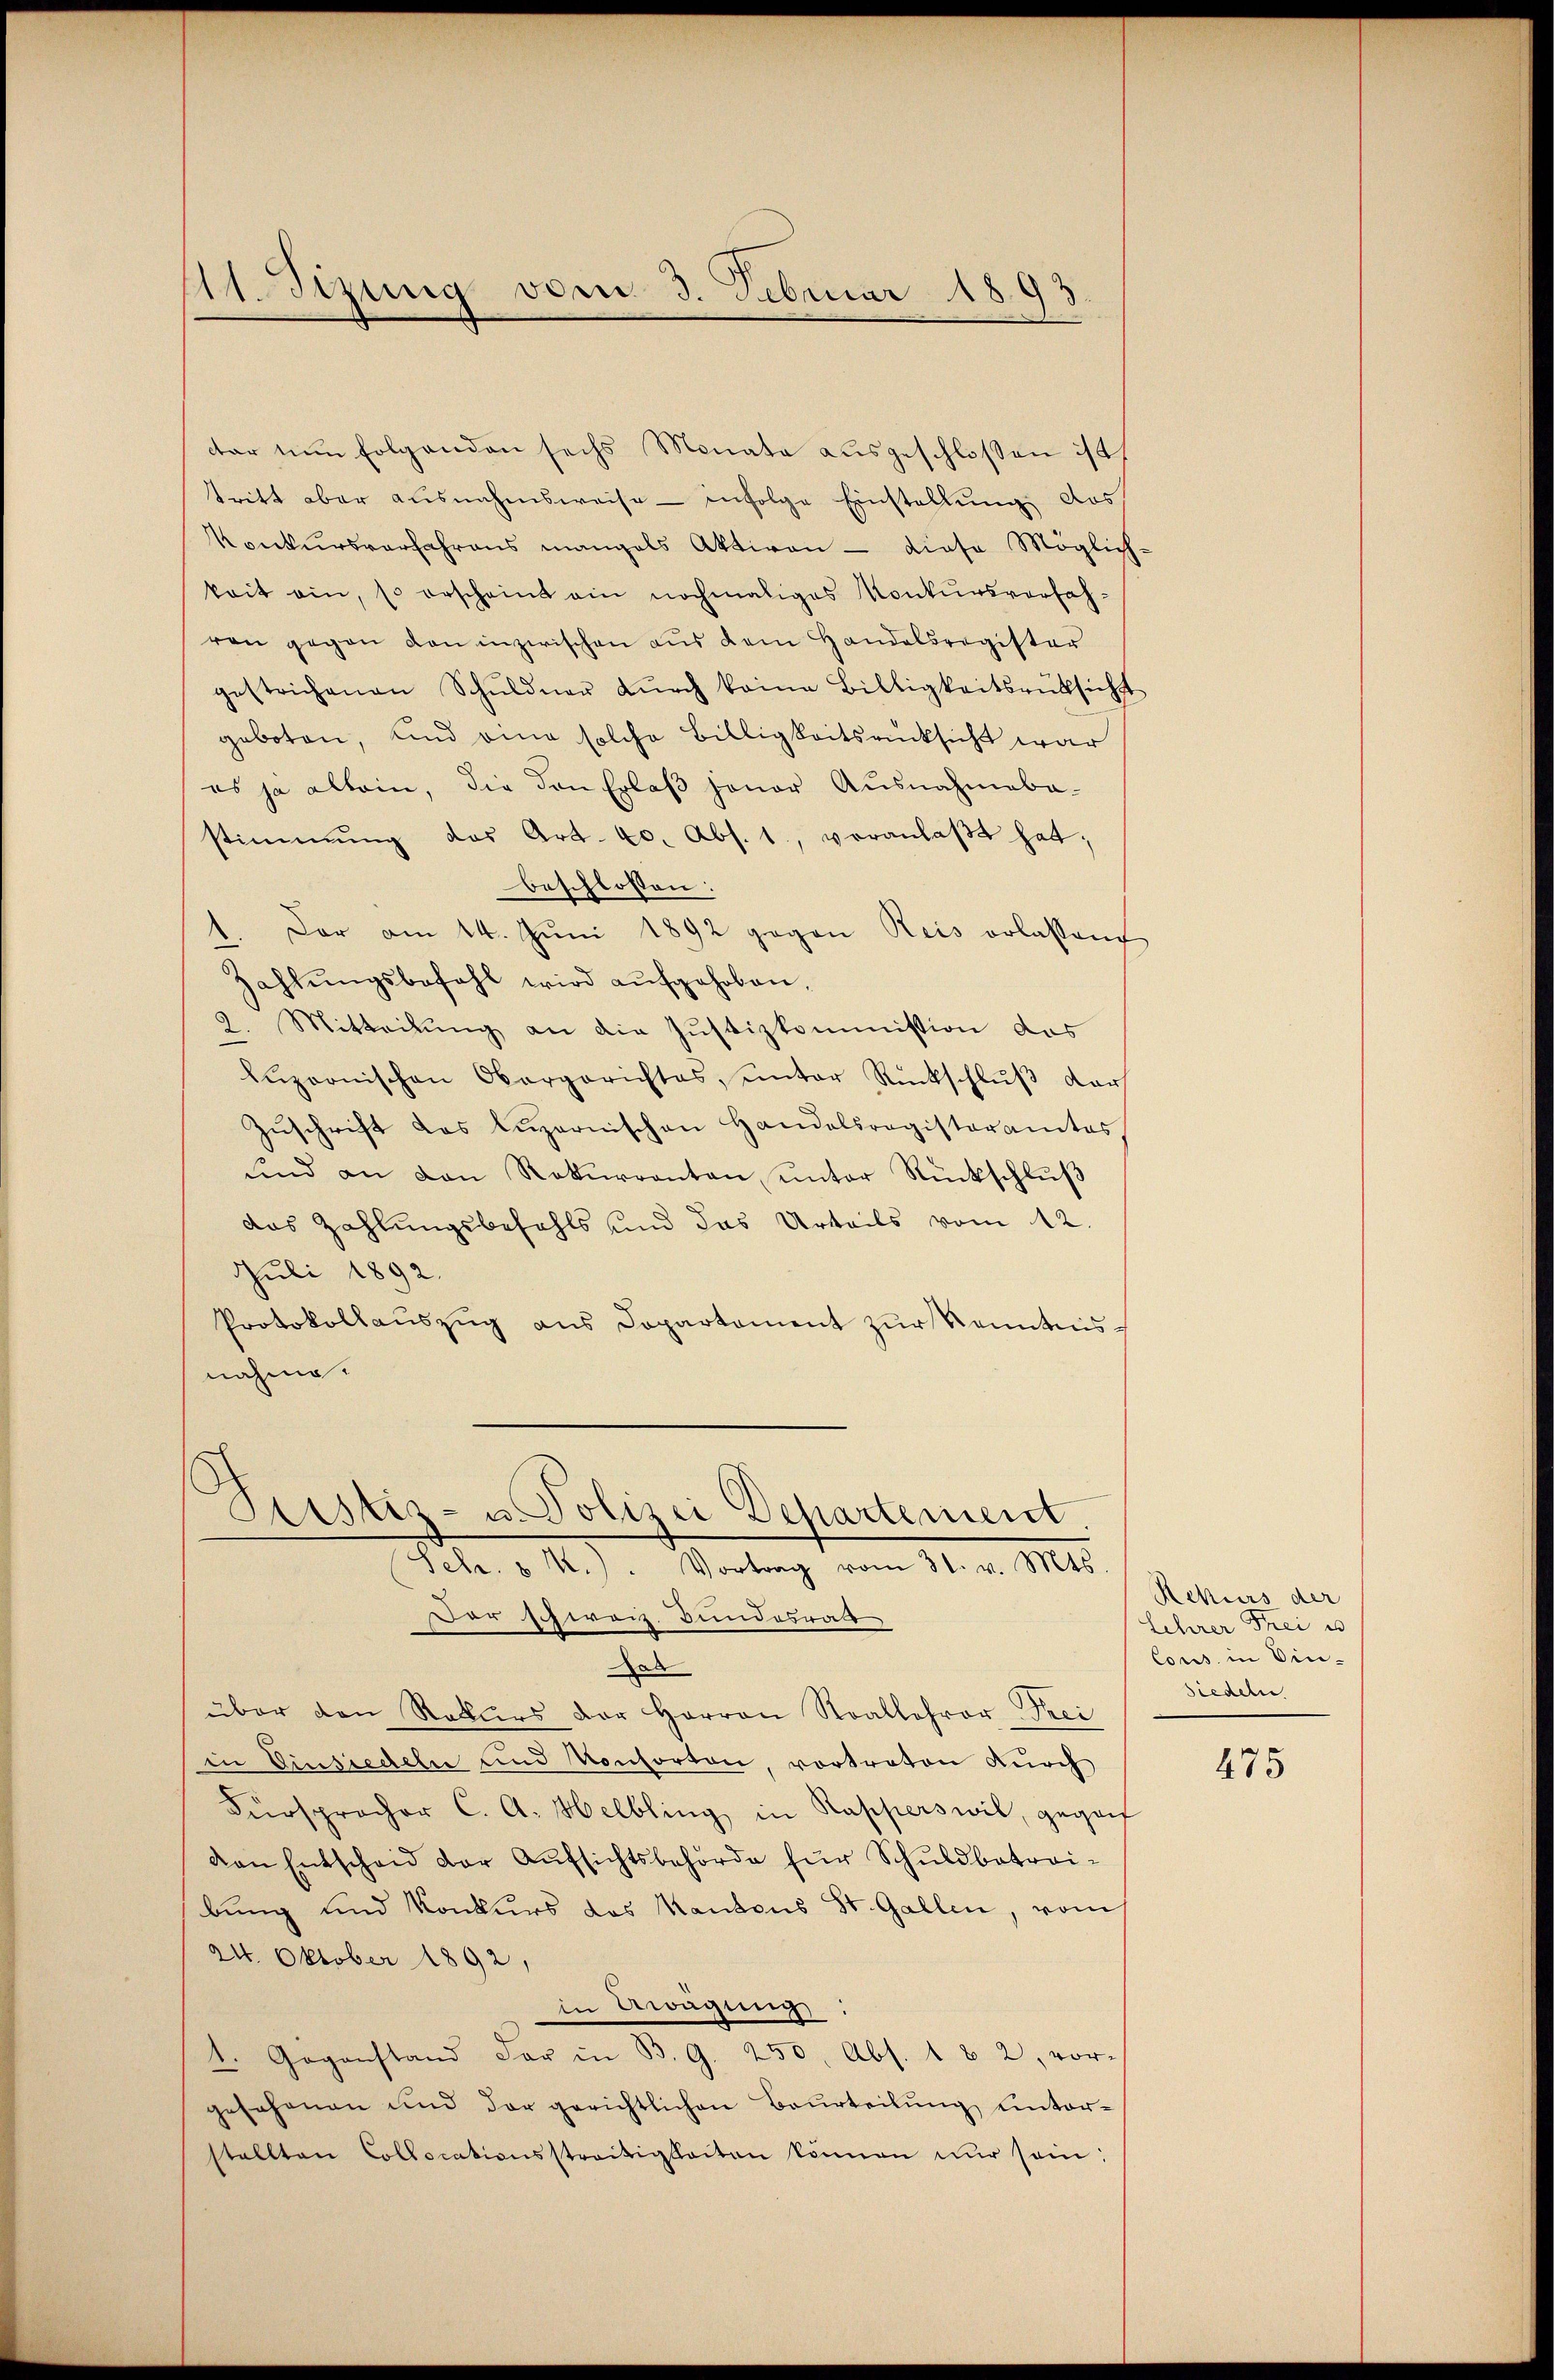
1Sizung vom 3. Februar 1893

tar nun folgenden sechs Monate ausgeschlossen ist,
tritt aber ausnahmsweise infolge Einstellung des
Konkursverfahrens mangels Aktiven - diese Möglich-
kait ein, so erscheint ein nochmaliges Konkursverfahren gegen den inzwischen aus dem Handelsregister
gestrichenen Schŭldner dŭrch keine Billigkeitsrüksicht
geboten, und an solche Billigkeitsrücksicht war
es ja allein, die den Erlaβ jener Ausnahmeba-
stimmung des Art. 20. Abs. 1., veranlaβt hat;
beschlossen:
Der am 14. Juni 1892 gegen Reis erlassen
Zahlŭngsbefahl wird aŭfgehoben.
2. Mitteilung an die Justizkommission des
lŭzornischen Obergerichtes, unter Rückschlŭβ der
Zŭschrift das Luzernischen Handelsregisteramtes,
und an den Rekurrenten ŭnter Rückschlŭβ
das Zahlungsbefahls und das Urteils vom 12.
Juli 1892.
Protokollaŭszŭg ans Dopartament zŭr Kenntnis
nahme.

Justiz- u. Polizei Departement
Sebr. & A.). Vortrag vom 31. v. Mts.
Dar schweiz. Bundesrat

Das
über den Rekurs der Herren Saallehrer Frei
in Einsiedeln und Konsorten, vortreten durch
Fürsprocher C. A. Helbling in Rapperswil, gegenf
ven Entscheid der Aŭfsichtsbehörde für Schuldbetrei-
bung und Konkurs des Kantons St. Gallen, vom
24. Oktober 1892,
in Awügung
1. Gegenstand der in B. G. 250, Abs. 1 u 2, vor-
gesehenen und der gerichtlichen Beurteilung unterstellten Collocationsstreitigkeiten können nŭr sein:

Ackurs der
Lehrer Frei u
Cons. in Vin-
Siedeln

475